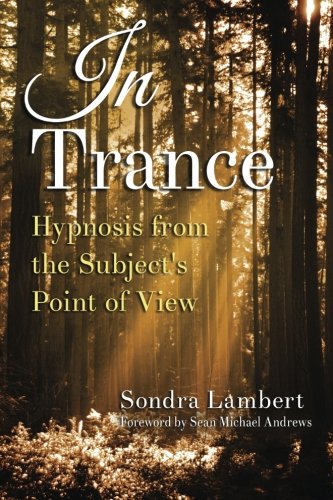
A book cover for In Trance: Hypnosis from the Subject's Point of View; Sondra Lambert; Self-Help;